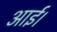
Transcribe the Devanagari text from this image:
आर्ई।